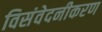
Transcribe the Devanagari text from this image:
विसंवेदनीकरण